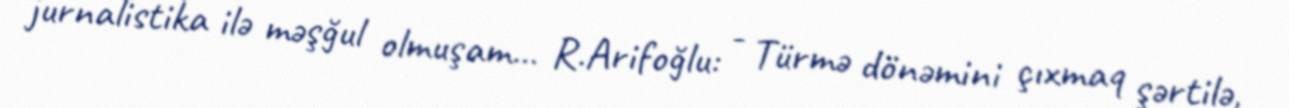
jurnalistika ilə məşğul olmuşam... R.Arifoğlu: - Türmə dönəmini çıxmaq şərtilə,